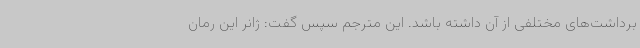
برداشت‌های مختلفی از آن داشته باشد. این مترجم سپس گفت: ژانر این رمان